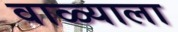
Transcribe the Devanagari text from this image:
वाळ्याला